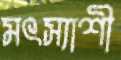
মৎস্যাশী